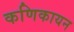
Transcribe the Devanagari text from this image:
कणिकायन